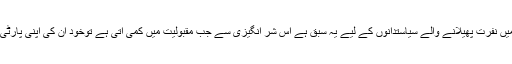
بی جے پی کے اس سلوک میں نفرت پھیلانے والے سیاستدانوں کے لیے یہ سبق ہے اس شر انگیزی سے جب مقبولیت میں کمی آتی ہے توخود ان کی اپنی پارٹی بھی انہیں دھتکار دیتی ہے۔